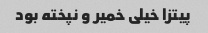
پیتزا خیلی خمیر و نپخته بود